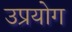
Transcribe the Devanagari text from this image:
उप्रयोग